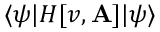
\langle \psi | H [ v , \mathbf { A } ] | \psi \rangle